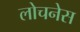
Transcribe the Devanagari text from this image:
लोचनेस